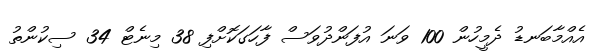
އެއްމާބަނޑު ދެމީހުން 100 ވަނަ އުފަންދުވަސް ފާހަގަކޮށްފި 38 މިނެޓް 34 ސިކުންތު